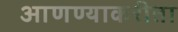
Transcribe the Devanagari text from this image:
आणण्याकरीता